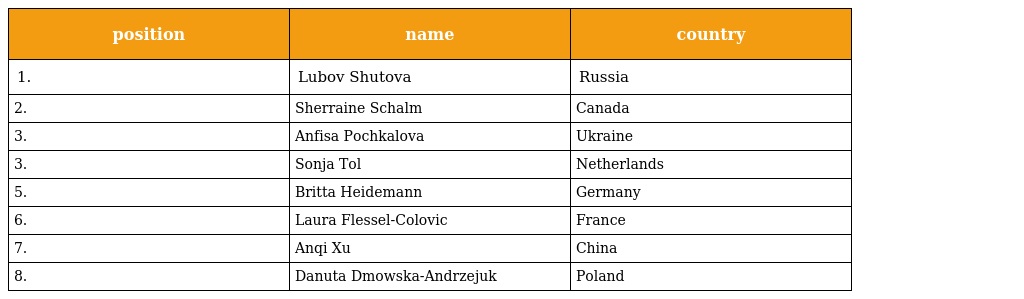
| position | name | country |
 | --- | --- | --- |
 | 1. | Lubov Shutova | Russia |
 | 2. | Sherraine Schalm | Canada |
 | 3. | Anfisa Pochkalova | Ukraine |
 | 3. | Sonja Tol | Netherlands |
 | 5. | Britta Heidemann | Germany |
 | 6. | Laura Flessel-Colovic | France |
 | 7. | Anqi Xu | China |
 | 8. | Danuta Dmowska-Andrzejuk | Poland |